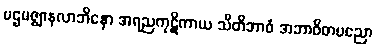
ပဌမဇ္ဈာနလာဘိနော အရညကုဋိကာယ သီတိဘာဝံ အဘာဝိတပညော